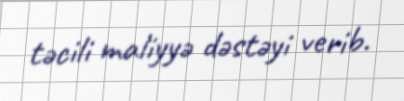
təcili maliyyə dəstəyi verib.